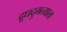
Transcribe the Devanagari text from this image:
दूधदुभत्याला